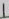
Text: 1